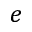
e